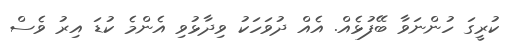
ކުރީގަ ހުންނަވާ ބޭފުޅެއް. އެއް ދުވަހަކު ވިދާޅުވި އެންމެ ކުޑަ އިރު ވެސް